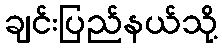
ချင်းပြည်နယ်သို့